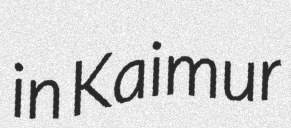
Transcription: in Kaimur